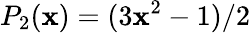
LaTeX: P_{2}(\mathbf{x})=(3\mathbf{x}^{2}-1)/2